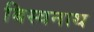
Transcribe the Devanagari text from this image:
बिस्वनाथ